Indian journal of veterinary science and animal husbandry - Volume 3,
Year: 1933
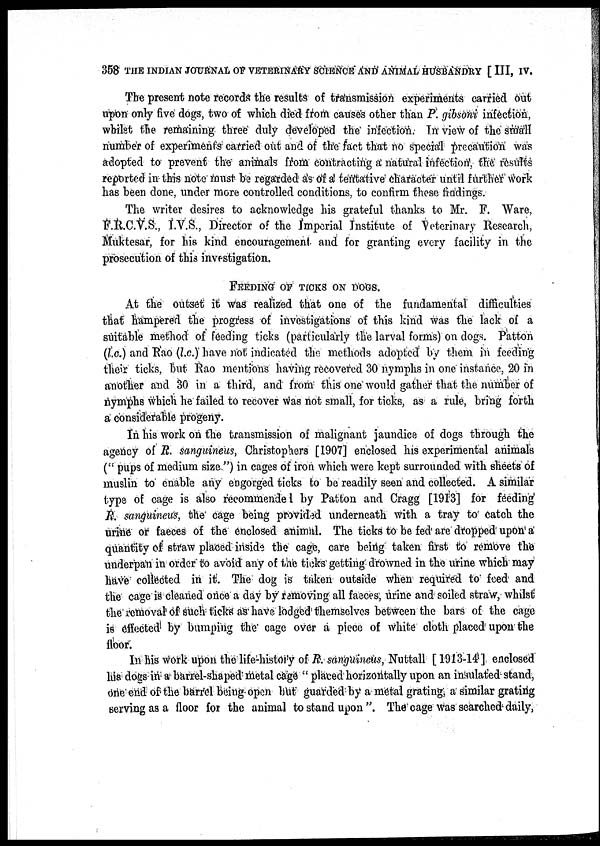
358 THE INDIAN JOURNAL OF VETERINARY SCIENCE AND ANIMAL HUSBANDRY [III, IV.
The present note records the results of transmission experiments carried out
upon only five dogs, two of which died from causes other than P. gibsoni infection,
whilst the remaining three duly developed the infection. In view of the small
number of experiments carried out and of the fact that no special precaution was
adopted to prevent the animals from contracting a natural infection, the results
reported in this note must be regarded as of a tentative character until further work
has been done, under more controlled conditions, to confirm these findings.
The writer desires to acknowledge his grateful thanks to Mr. F. Ware,
F.R.C.V.S., I.V.S., Director of the Imperial Institute of Veterinary Research,
Muktesar, for his kind encouragement and for granting every facility in the
prosecution of this investigation.
FEEDING OF TICKS ON DOGS.
At the outset it was realized that one of the fundamental difficulties
that hampered the progress of investigations of this kind was the lack of a
suitable method of feeding ticks (particularly the larval forms) on dogs. Patton
(l.c.) and Rao (l.c.) have not indicated the methods adopted by them in feeding
their ticks, but Rao mentions having recovered 30 nymphs in one instance, 20 in
another and 30 in a third, and from this one would gather that the number of
nymphs which he failed to recover was not small, for ticks, as a rule, bring forth
a considerable progeny.
In his work on the transmission of malignant jaundice of dogs through the
agency of R. sanguineus, Christophers [1907] enclosed his experimental animals
(" pups of medium size") in cages of iron which were kept surrounded with sheets of
muslin to enable any engorged ticks to be readily seen and collected. A similar
type of cage is also recommended by Patton and Cragg [1913] for feeding
R. sanguineus, the cage being provided underneath with a tray to catch the
urine or faeces of the enclosed animal. The ticks to be fed are dropped upon a
quantity of straw placed inside the cage, care being taken first to remove the
underpan in order to avoid any of the ticks getting drowned in the urine which may
have collected in it. The dog is taken outside when required to feed and
the cage is cleaned once a day by removing all faeces, urine and soiled straw, whilst
the removal of such ticks as have lodged themselves between the bars of the cage
is effected by bumping the cage over a piece of white cloth placed upon the
floor.
In his work upon the life-history of R. sanguineus, Nuttall [ 1913-14] enclosed
his dogs in a barrel-shaped metal cage " placed horizontally upon an insulated- stand,
one end of the barrel being open but guarded by a metal grating, a similar grating
serving as a floor for the animal to stand upon ". The" cage was searched daily,